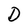
Character: D